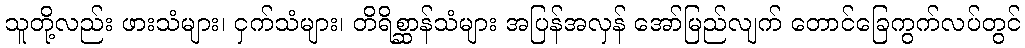
သူတို့လည်း ဖားသံများ၊ ငှက်သံများ၊ တိရိစ္ဆာန်သံများ အပြန်အလှန် အော်မြည်လျက် တောင်ခြေကွက်လပ်တွင်